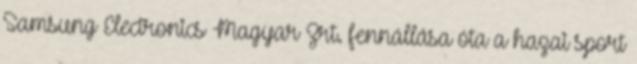
Samsung Electronics Magyar Zrt. fennállása óta a hazai sport